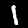
Label: 1